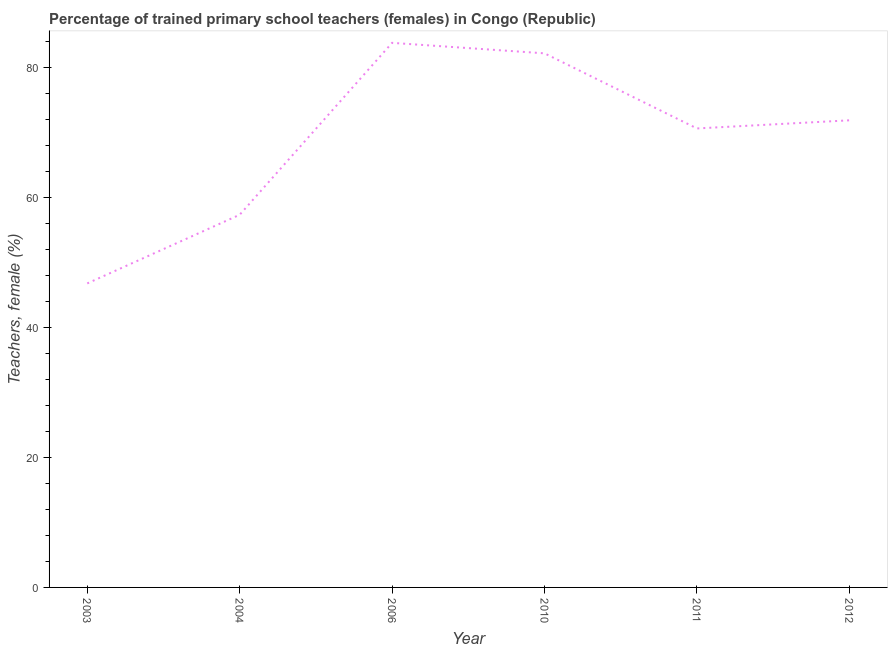
| Year | Trained teachers female |
 | --- | --- |
 | 2003 | 46.8 |
 | 2004 | 57.4 |
 | 2006 | 83.9 |
 | 2010 | 82.2 |
 | 2011 | 70.7 |
 | 2012 | 71.9 |